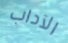
الآداب